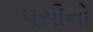
પસીનો